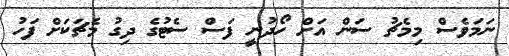
ނަމަވެސް މިމެޗު ސަން އަށް ހޯދުނީ ފަސް ސެޓުގެ ދިގު މެޗަކަށް ފަހު